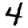
Digit: 4